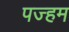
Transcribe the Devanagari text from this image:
पज्हम